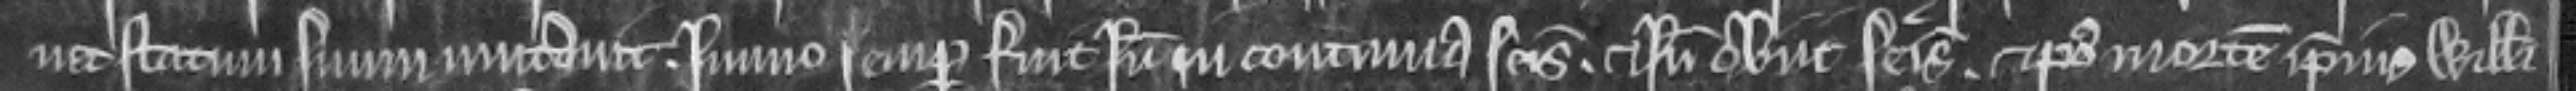
nec statum suum mutavit. Immo semper fuit inde in continua seisina. et inde obiit seisitus. et post mortem ipsius Willelmi